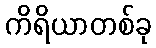
ကိရိယာတစ်ခု